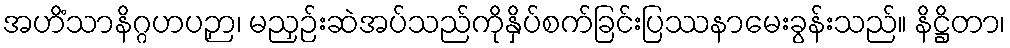
အဟိံသာနိဂ္ဂဟပဉှာ၊ မညှဉ်းဆဲအပ်သည်ကိုနှိပ်စက်ခြင်းပြဿနာမေးခွန်းသည်။ နိဋ္ဌိတာ၊